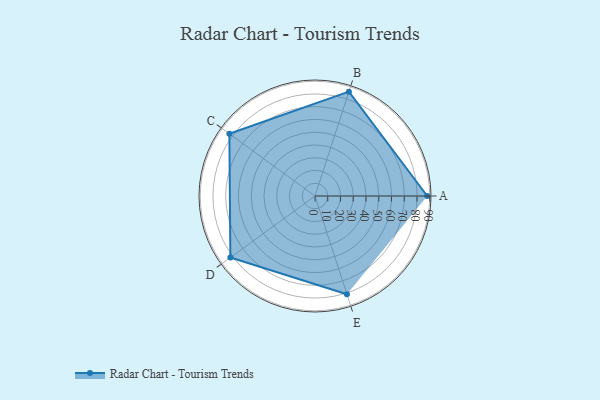
{"axis": {"x": "Skill", "y": "Score"}, "legend": ["Profile"], "data": [{"x": "A", "y": 88.0, "type": "Profile"}, {"x": "B", "y": 86.0, "type": "Profile"}, {"x": "C", "y": 83.0, "type": "Profile"}, {"x": "D", "y": 82.0, "type": "Profile"}, {"x": "E", "y": 81.0, "type": "Profile"}]}